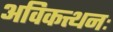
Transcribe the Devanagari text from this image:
अविकत्थनः